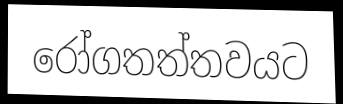
රෝගතත්තවයට